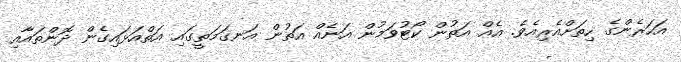
އަހަރެންގެ ހިތަށްއެރިއެވެ. އެއް އަތުން ކޯޓުވަމުން އަނެއް އަތުން އަނގަމަތީގައި އަތްއަޅައިގެން ދޮންތައާއި